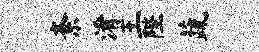
紊淆王陛蔬